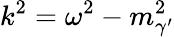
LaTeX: k^{2}=\omega^{2}-m_{\gamma^{\prime}}^{2}